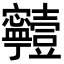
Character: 𡬗